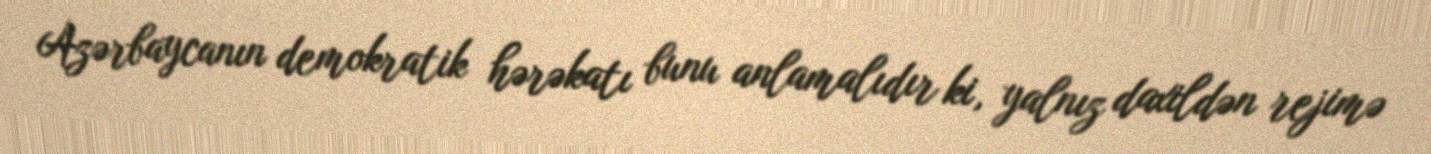
Azərbaycanın demokratik hərəkatı bunu anlamalıdır ki, yalnız daxildən rejimə